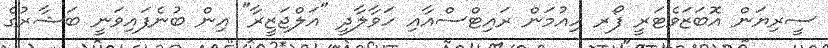
ސީރިޔަން އޮބަޒަވެޓަރީ ފޯރ ހިއުމަން ރައިޓްސްއާއި ހަވާލާދީ "އަލްޖަޒީރާ" އިން ބުނެފައިވަނީ ބަޝާރުގެ